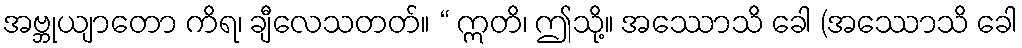
အဗ္ဘုယျာတော ကိရ၊ ချီလေသတတ်။ “ ဣတိ၊ ဤသို့။ အဿောသိ ခေါ (အဿောသိ ခေါ